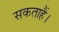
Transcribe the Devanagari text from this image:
सकताहैं।